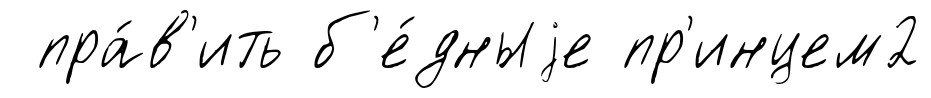
пра́в'ить б'е́дныjе пр'инцем2